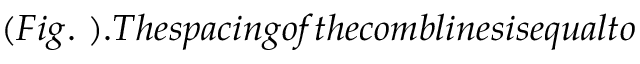
( F i g . \ ) . T h e s p a c i n g o f t h e c o m b l i n e s i s e q u a l t o